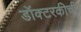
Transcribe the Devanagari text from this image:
डॉक्टरकीची